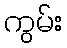
ကွမ်း